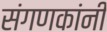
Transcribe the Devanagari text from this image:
संगणकांनी